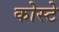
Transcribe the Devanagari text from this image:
कोस्टे